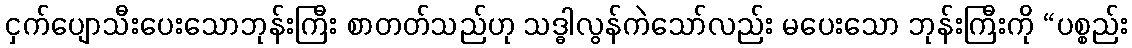
ငှက်ပျောသီးပေးသောဘုန်းကြီး စာတတ်သည်ဟု သဒ္ဓါလွန်ကဲသော်လည်း မပေးသော ဘုန်းကြီးကို “ပစ္စည်း